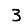
Digit: 3